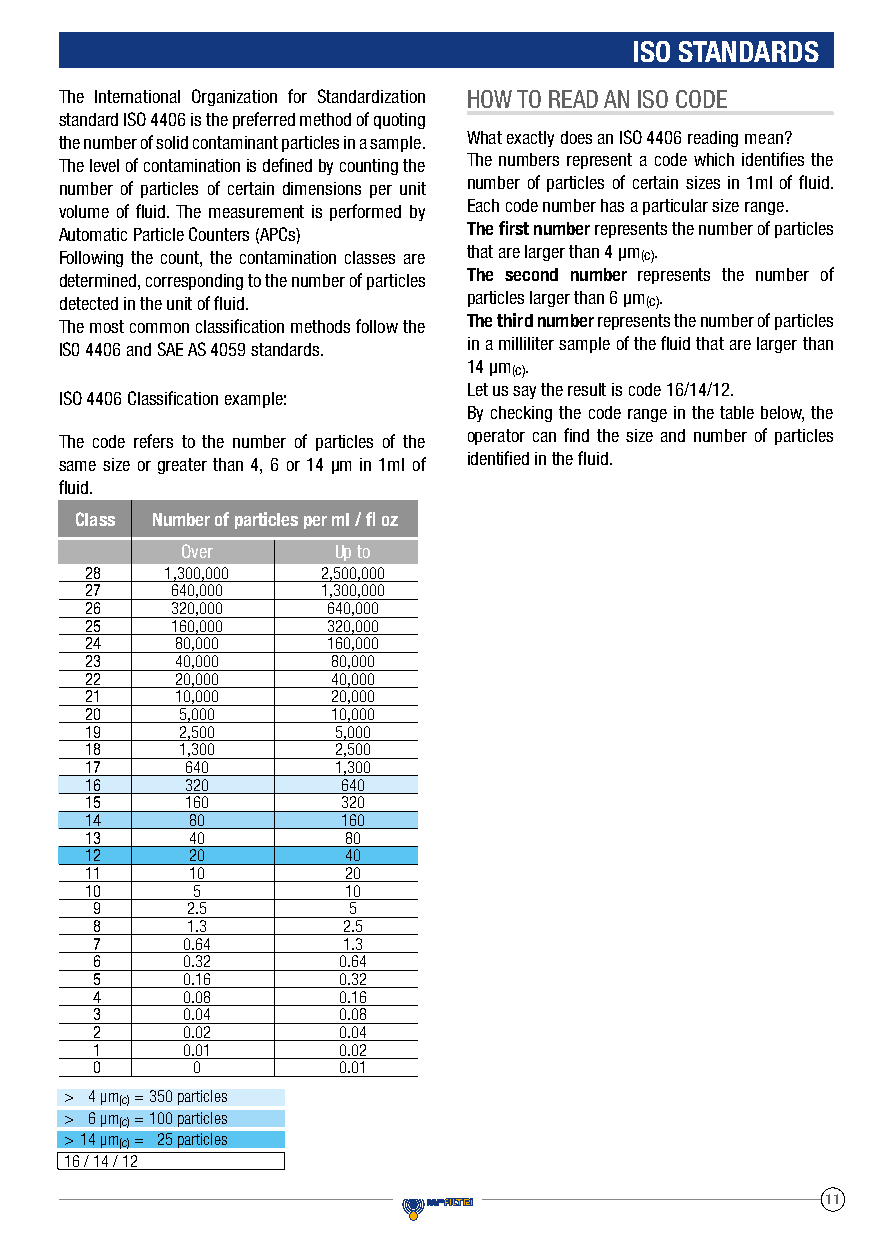
ISO STANDARDS
 The International Organization for Standardization HOW TO READ AN ISO CODE
 standard ISO 4406 is the preferred method of quoting
 the number of solid contaminant particles in a sample. What exactly does an ISO 4406 reading mean?
 The level of contamination is defined by counting the The numbers represent a code which identifies the
 number of particles of certain dimensions per unit number of particles of certain sizes in 1ml of fluid.
 volume of fluid. The measurement is performed by Each code number has a particular size range.
 Automatic Particle Counters (APCs) The first number represents the number of particles
 Following the count, the contamination classes are that are larger than 4 μm(c).
 determined, corresponding to the number of particles The second number represents the number of
 detected in the unit of fluid. particles larger than 6 μm(c).
 The most common classification methods follow the The third number represents the number of particles
 IS0 4406 and SAE AS 4059 standards. in a milliliter sample of the fluid that are larger than
 14 μm(c).
 Let us say the result is code 16/14/12.
 ISO 4406 Classification example:
 By checking the code range in the table below, the
 operator can find the size and number of particles
 The code refers to the number of particles of the
 identified in the fluid.
 same size or greater than 4, 6 or 14 μm in 1ml of
 fluid.
 Class Number of particles per ml / fl oz
 Over      Up to
 28   1,300,000 2,500,000
 27   640,000   1,300,000
 26   320,000    640,000
 25   160,000    320,000
 24    80,000    160,000
 23    40,000    80,000
 22    20,000    40,000
 21    10,000    20,000
 20    5,000     10,000
 19    2,500     5,000
 18    1,300     2,500
 17    640       1,300
 16    320        640
 15    160        320
 14    80         160
 13    40         80
 12    20         40
 11    10         20
 10     5         10
 9     2.5        5
 8     1.3        2.5
 7     0.64       1.3
 6     0.32      0.64
 5     0.16      0.32
 4     0.08      0.16
 3     0.04      0.08
 2     0.02      0.04
 1     0.01      0.02
 0      0        0.01
 > 4 µm(c) = 350 particles
 > 6 µm(c) = 100 particles
 > 14 µm(c) = 25 particles
 16 / 14 / 12
 11